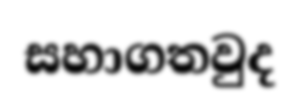
සහාගතවුද